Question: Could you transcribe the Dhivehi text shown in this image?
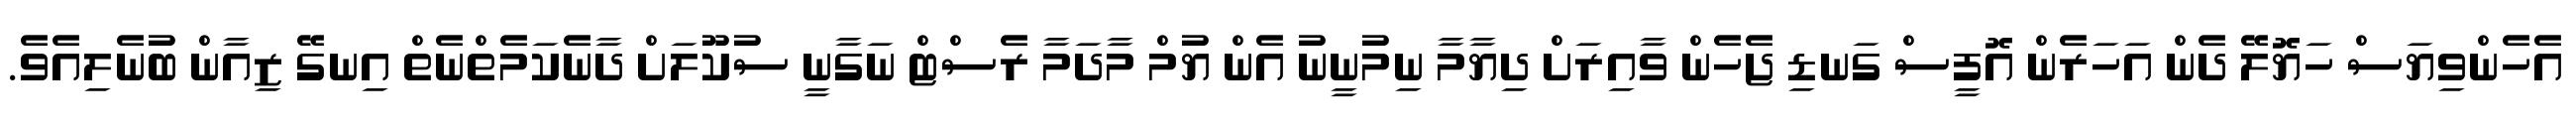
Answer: އެހެންވިޔަސް ހަޔޮލޭ ދެން އަހަރެން އޮފީސް ގަނޑި ޖެހެން ވާއިރަށް ދިޔާމާ ނިމުނީނު އެން ޔުމް މާދަމާ ރެސްޓް ނަގާނީ ސުކޫލަށް ދާނެކަމެތްނެތް އިނގޭ ޒިއާން ބުނެލިއެވެ.